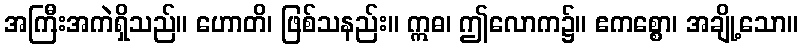
အကြီးအကဲရှိသည်။ ဟောတိ၊ ဖြစ်သနည်း။ ဣဓ၊ ဤလောက၌။ ဧကစ္စော၊ အချို့သော။